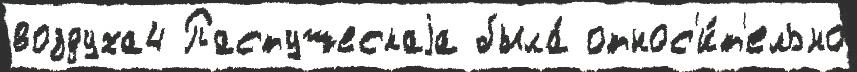
воздуха4 Пастушескаjа была́ относ'и́т'ельно